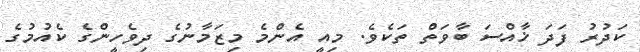
ކަދުރު ފަދަ ޚާއްސަ ބާވަތް ތަކެވެ. މިއީ އެންމެ މިޒަމާނުގެ ދިވެހީންގެ ކެއުމުގެ